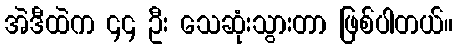
အဲဒီထဲက ၄၄ ဦး သေဆုံးသွားတာ ဖြစ်ပါတယ်။